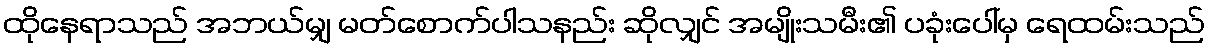
ထိုနေရာသည် အဘယ်မျှ မတ်စောက်ပါသနည်း ဆိုလျှင် အမျိုးသမီး၏ ပခုံးပေါ်မှ ရေထမ်းသည်